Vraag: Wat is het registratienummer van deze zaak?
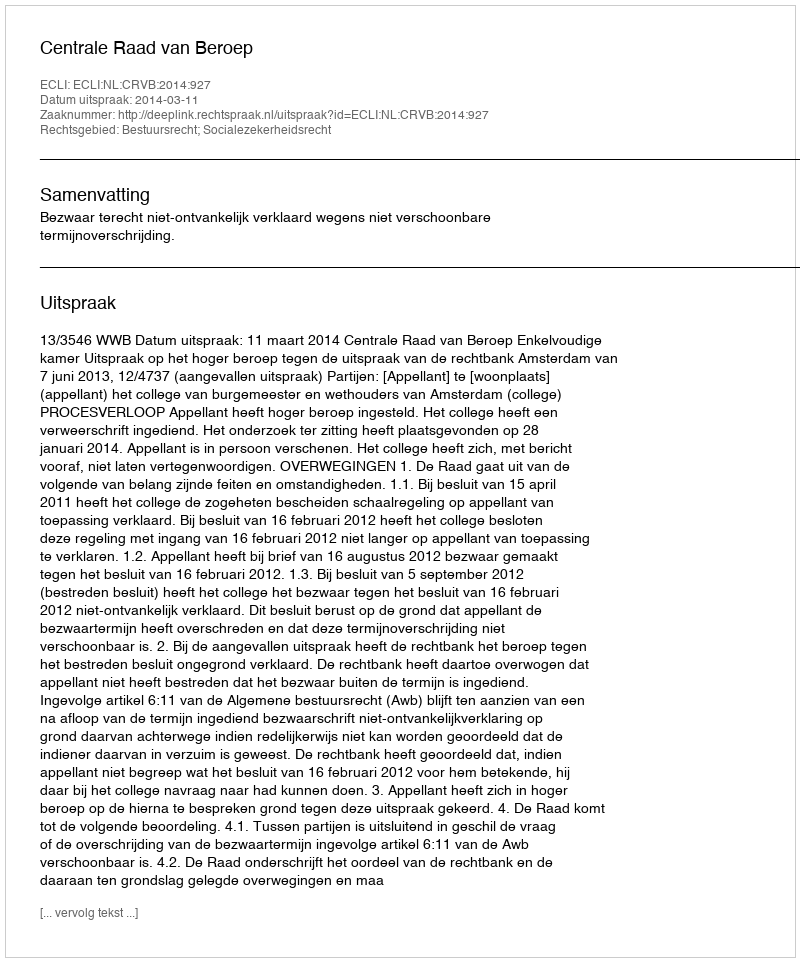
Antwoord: http://deeplink.rechtspraak.nl/uitspraak?id=ECLI:NL:CRVB:2014:927